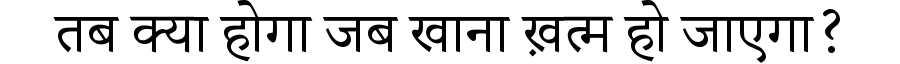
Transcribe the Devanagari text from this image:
तब क्या होगा जब खाना ख़त्म हो जाएगा?